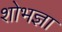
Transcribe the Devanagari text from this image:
शोभज्ञा